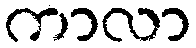
ကာလာ